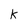
Character: k